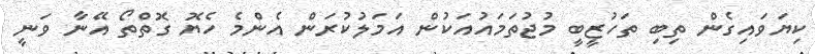
ކިޔަވައިގެން ތިބި ތަހުޒީބީ މުޖުތަމައުއަކުން އަމަލުކުރަން އެންމެ ހެޔޮ ގޮތްތޯ އޭނާ ވަނީ